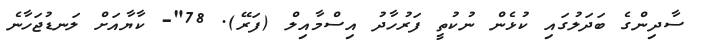
ސާދިންގެ ބަދަލުގައި ކުޅެން ނުކުތީ ފަރުހާދު އިސްމާއިލް (ފަރޭ). 78"- ކާޔާއަށް ލަނޑުޖަހާނެ